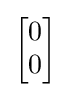
{\begin{bmatrix}0\\0\end{bmatrix}}